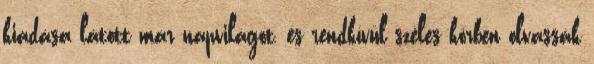
kiadása látott már napvilágot, és rendkívül széles körben olvassák